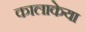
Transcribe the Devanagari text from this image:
कालाकेया